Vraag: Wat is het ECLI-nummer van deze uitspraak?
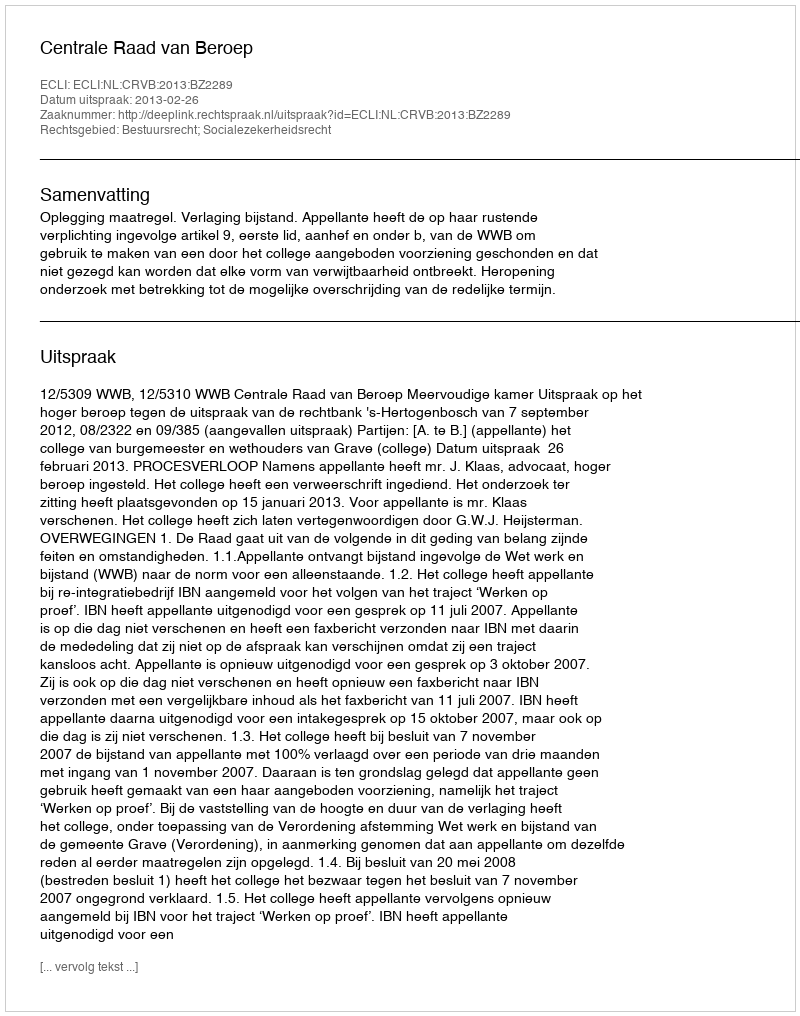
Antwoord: ECLI:NL:CRVB:2013:BZ2289